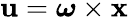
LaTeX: \mathbf{u}={\boldsymbol{\omega}}\times\mathbf{x}